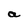
Character: a